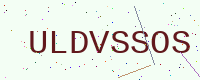
Text: ULDVSSOS